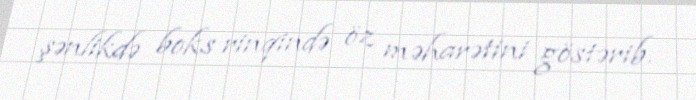
şənlikdə boks rinqində öz məharətini göstərib.